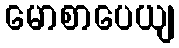
မောစာပေယျ